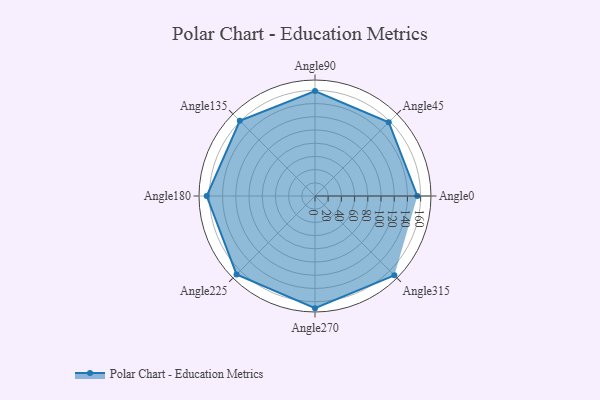
{"axis": {"x": "Angle", "y": "Radius"}, "legend": [""], "data": [{"x": "Angle0", "y": 155.0, "type": ""}, {"x": "Angle45", "y": 158.0, "type": ""}, {"x": "Angle90", "y": 159.0, "type": ""}, {"x": "Angle135", "y": 161.0, "type": ""}, {"x": "Angle180", "y": 164.0, "type": ""}, {"x": "Angle225", "y": 168.0, "type": ""}, {"x": "Angle270", "y": 170.0, "type": ""}, {"x": "Angle315", "y": 170, "type": ""}]}